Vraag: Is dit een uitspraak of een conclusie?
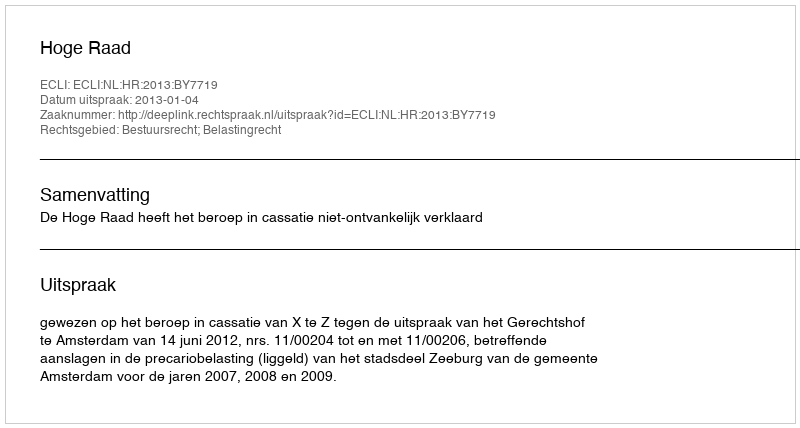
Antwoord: Uitspraak